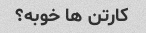
کارتن ها خوبه؟